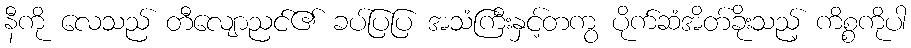
နီကို လေသည် တီလျောညင်၏ ခပ်ပြပြ အသံကြီးနှင့်တကွ ပိုက်ဆံအိတ်ခိုးသည့် ကိစ္စကိုပါ